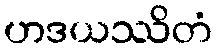
ဟဒယဿိတံ